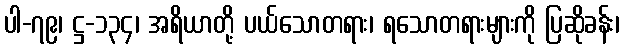
ပါ-၇၉၊ ဋ္ဌ-၁၃၄၊ အရိယာတို့ ပယ်သောတရား၊ ရသောတရားများကို ပြဆိုခန်း၊